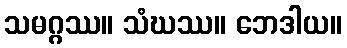
သမဂ္ဂဿ။ သံဃဿ။ ဘေဒါယ။